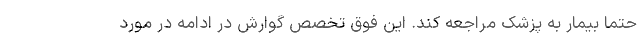
حتما بیمار به پزشک مراجعه کند. این فوق تخصص گوارش در ادامه در مورد